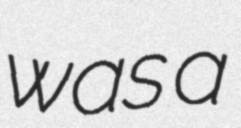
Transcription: was a